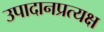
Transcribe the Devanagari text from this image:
उपादानप्रत्यक्ष